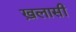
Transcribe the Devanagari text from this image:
ख़लासी